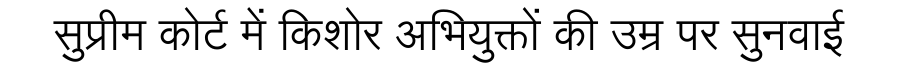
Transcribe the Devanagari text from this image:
सुप्रीम कोर्ट में किशोर अभियुक्तों की उम्र पर सुनवाई